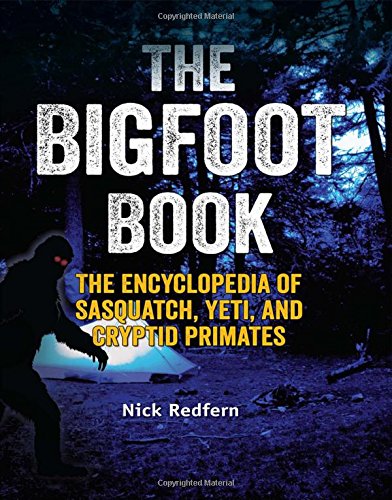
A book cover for The Bigfoot Book: The Encyclopedia of Sasquatch, Yeti and Cryptid Primates; Nick Redfern; Reference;